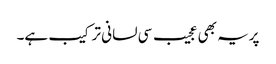
پریہ بھی عجیب سی لسانی ترکیب ہے۔